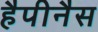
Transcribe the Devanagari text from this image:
हैपीनैस